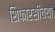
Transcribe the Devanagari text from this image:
शिफारसींच्या